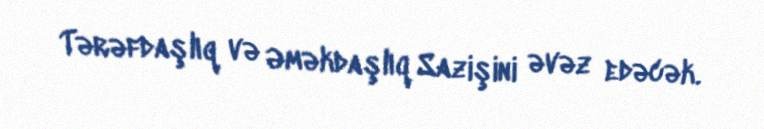
Tərəfdaşlıq və Əməkdaşlıq Sazişini əvəz edəcək.